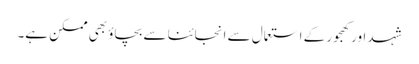
شہد اور کھجور کے استعمال سے انجائنا سے بچاؤ بھی ممکن ہے۔